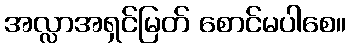
အလ္လာအရှင်မြတ် စောင်မပါစေ။